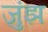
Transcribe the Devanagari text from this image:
जुंझ